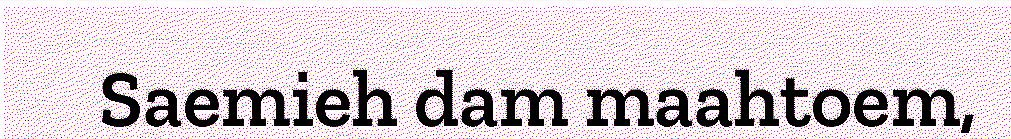
Saemieh dam maahtoem,